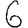
Digit: 6